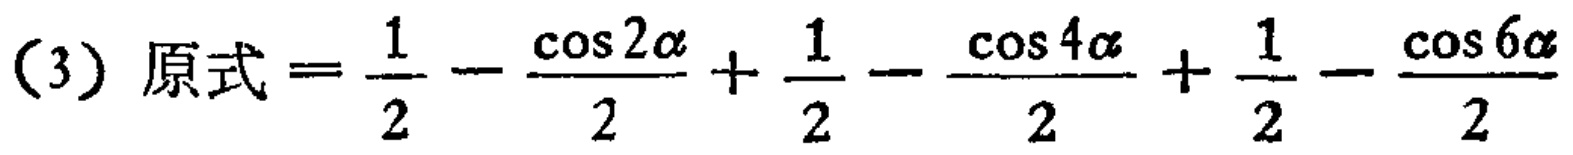
(3) 原式 \(=\frac{1}{2}-\frac{\cos 2\alpha}{2}+\frac{1}{2}-\frac{\cos 4\alpha}{2}+\frac{1}{2}-\frac{\cos 6\alpha}{2}\)